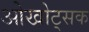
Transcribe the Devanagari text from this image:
ओखोट्सक